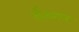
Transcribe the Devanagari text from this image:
ईडगर